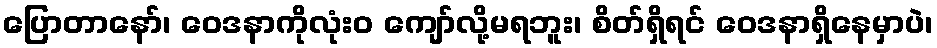
ပြောတာနော်၊ ဝေဒနာကိုလုံးဝ ကျော်လို့မရဘူး၊ စိတ်ရှိရင် ဝေဒနာရှိနေမှာပဲ၊